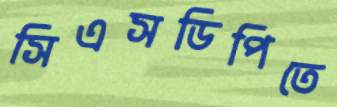
সিএসডিপিতে